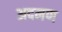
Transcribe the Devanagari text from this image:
अदमण